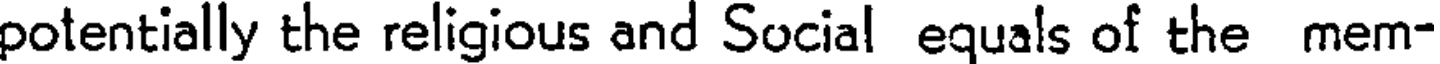
potentially the religious and Social equals of the mem-